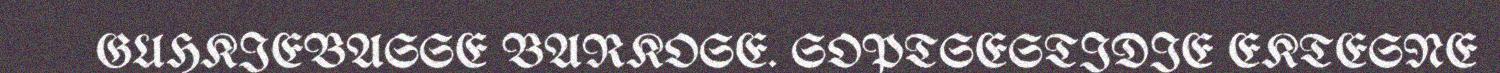
GUHKIEBASSE BARKOSE. SOPTSESTIDIE EKTESNE